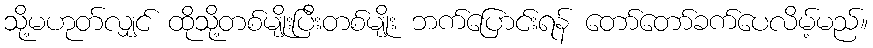
သို့မဟုတ်လျှင် ထိုသို့တစ်မျိုးပြီးတစ်မျိုး ဘက်ပြောင်းရန် တော်တော်ခက်ပေလိမ့်မည်။